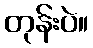
တုန်းပဲ။